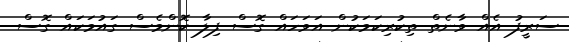
ސަރީފު އެއް ވާނެތް ތިކުރިކަމަކުން އަވަހައް ގޮސް ފިލާ ކޮންމެސް ގައުމަކައް ގޮސް